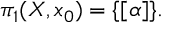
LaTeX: \pi _ { 1 } ( X , x _ { 0 } ) = \{ [ \alpha ] \} . \nonumber